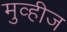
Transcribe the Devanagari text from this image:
मुव्हीज